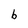
Character: b